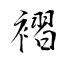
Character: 褶